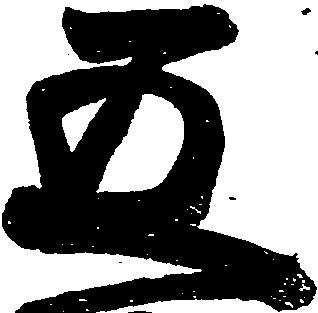
五